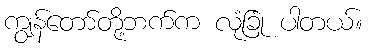
ကျွန်တော်တို့ဘက်က လုံခြုံ ပါတယ်။